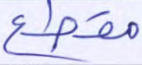
مقطع